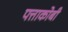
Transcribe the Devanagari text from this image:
पत्ताकोबी